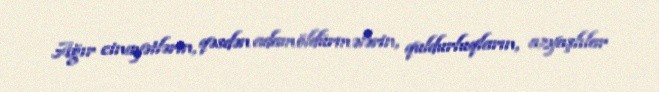
Ağır cinayətlərin, qəsdən adamöldürmələrin, quldurluqların, azyaşlılar